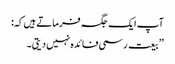
آپ ایک جگہ فرماتے ہیں کہ:
’’بیعت رسمی فائدہ نہیں دیتی۔